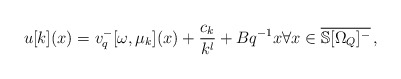
\begin{align*} u[k](x)=v_{q}^-[\omega,{\mu_k}](x)+\frac{c_k}{k^{l}}+Bq^{-1}x \forall x \in \overline{\mathbb{S}[\Omega_Q]^{-}}\, ,\end{align*}%\end{align*}